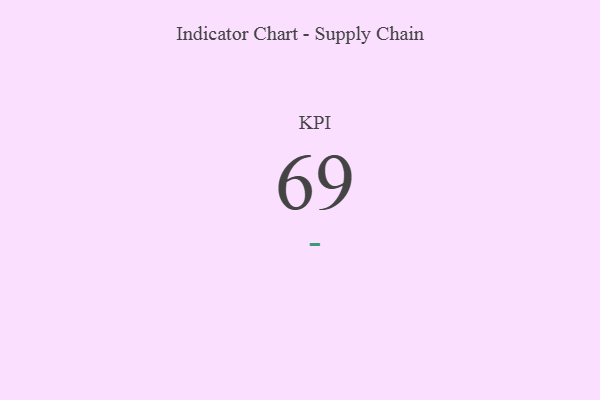
{"axis": {"x": "KPI", "y": "Value"}, "legend": [""], "data": [{"x": "KPI", "y": 69, "type": ""}]}